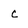
Character: c